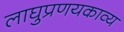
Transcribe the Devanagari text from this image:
लाघुप्रणयकाव्य